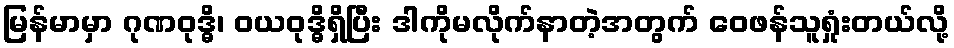
မြန်မာမှာ ဂုဏဝုဒ္ဓိ၊ ဝယဝုဒ္ဓိရှိပြီး ဒါကိုမလိုက်နာတဲ့အတွက် ဝေဖန်သူရှုံးတယ်လို့